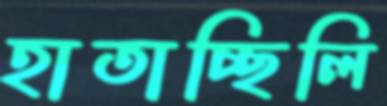
হাতাচ্ছিলি